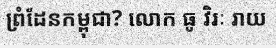
ព្រំដែនកម្ពុជា? លោក ធូ វិរៈ រាយ